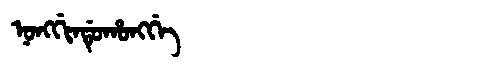
Manchu: ᠨᠣᠩᡤᡳᠨᡩᡠᡥᠣᠩᡤᡝ
Romanization: NONGGINDUHONGGE